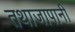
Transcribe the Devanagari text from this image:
तथाजापानी